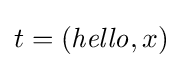
t=({\mathit {hello}},x)